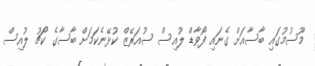
މޫސުމުގައި ބާސާއަށް ގެނައި ފޯވާޑް ލުއިސް ސުއަރޭޒް ކުޅޭނެކަމަށް ބާސާގެ ކޯޗު ލުއިސް